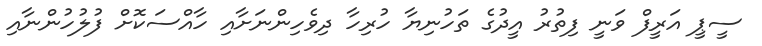
ސީޕީ އަރީފް ވަނީ ފިތުރު އީދުގެ ތަހުނިޔާ ހުރިހާ ދިވެހިންނަށާއި ހާއްސަކޮށް ފުލުހުންނާއި